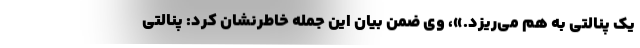
یک پنالتی به هم می‌ریزد.»، وی ضمن بیان این جمله خاطرنشان کرد: پنالتی